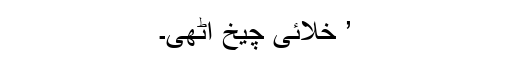
’ خلائی چیخ اٹھی۔